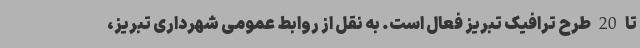
تا 20 طرح ترافیک تبریز فعال است. به نقل از روابط عمومی شهرداری تبریز،